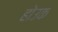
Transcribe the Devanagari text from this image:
होउक